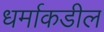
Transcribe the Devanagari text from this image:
धर्माकडील